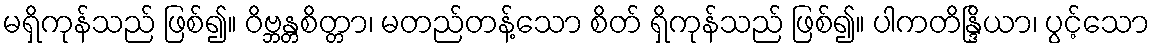
မရှိကုန်သည် ဖြစ်၍။ ဝိဗ္ဘန္တစိတ္တာ၊ မတည်တန့်သော စိတ် ရှိကုန်သည် ဖြစ်၍။ ပါကတိန္ဒြိယာ၊ ပွင့်သော